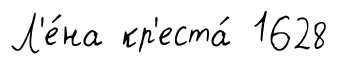
Л'е́на кр'еста́ 1628